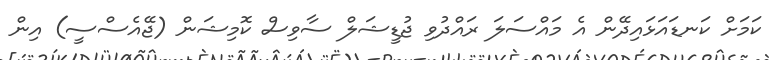
ކަމަށް ކަނޑައަޅައިދޭން އެ މައްސަލަ ރައްދުވި ޖުޑީޝަލް ސާވިސް ކޮމިޝަން (ޖޭއެސްސީ) އިން